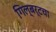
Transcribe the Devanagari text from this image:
गिल्बर्टचा